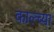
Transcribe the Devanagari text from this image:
काल्च्या